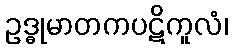
ဥဒ္ဓုမာတကပဋိကူလံ၊